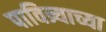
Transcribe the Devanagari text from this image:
पावित्र्याच्या